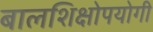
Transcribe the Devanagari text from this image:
बालशिक्षोपयोगी